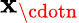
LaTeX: \mathbf{x}_{\cdotn}